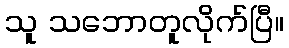
သူ သဘောတူလိုက်ပြီ။